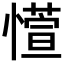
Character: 𫻊